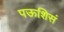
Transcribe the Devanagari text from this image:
पऊशिसं